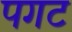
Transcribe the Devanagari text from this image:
पगट